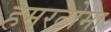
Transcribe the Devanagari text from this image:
हमरटोमा